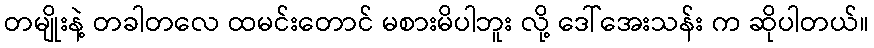
တမျိုးနဲ့ တခါတလေ ထမင်းတောင် မစားမိပါဘူး လို့ ဒေါ်အေးသန်း က ဆိုပါတယ်။